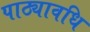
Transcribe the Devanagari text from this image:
पाठ्यावधि